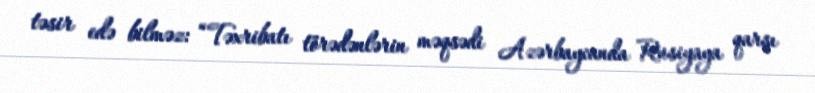
təsir edə bilməz: “Təxribatı törədənlərin məqsədi Azərbaycanda Rusiyaya qarşı